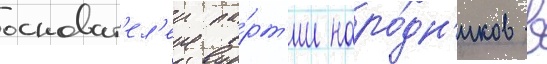
основат'ел'еи па́рт'ии наро́дн'иков в